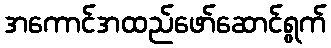
အကောင်အထည်ဖော်ဆောင်ရွက်